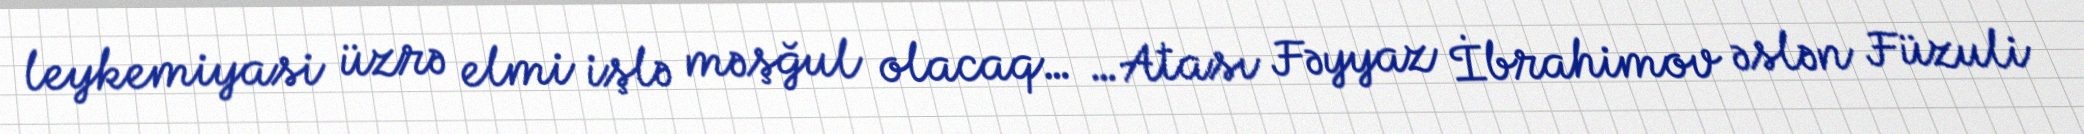
leykemiyasi üzrə elmi işlə məşğul olacaq… …Atası Fəyyaz İbrahimov əslən Füzuli